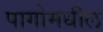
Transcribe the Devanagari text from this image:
पागोमधील